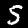
Label: 5